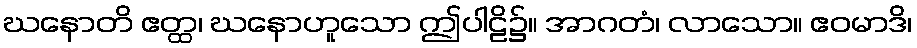
ဃနောတိ ဧတ္ထ၊ ဃနောဟူသော ဤပါဠိ၌။ အာဂတံ၊ လာသော။ ဧဝမာဒိ၊